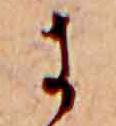
に